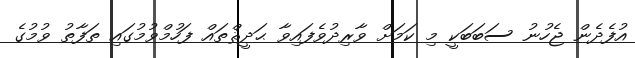
އުފެދެން ޖެހުނު ސަބަބަކީ މި ކަމަށް ވާރިދުވެފައިވާ ޙަދީޘްތައް ފަހުމްވުމުގައި ތަފާތު ވުމުގެ